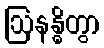
ဩနန္ဓိတွာ